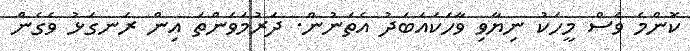
ކޮންމެ ވެސް މީހަކު ނިޔާވި ވާހަކައަބަދު އެތަނުން. ދަރުމަވަންތަ އިން ރަނގަޅު ވެގެން